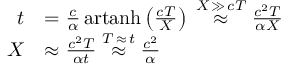
{ \begin{array} { r l } { t } & { = { \frac { c } { \alpha } } \operatorname { a r t a n h } \left( { \frac { c T } { X } } \right) \; { \overset { X \, \gg \, c T } { \approx } } \; { \frac { c ^ { 2 } T } { \alpha X } } } \\ { X } & { \approx { \frac { c ^ { 2 } T } { \alpha t } } \; { \overset { T \, \approx \, t } { \approx } } \; { \frac { c ^ { 2 } } { \alpha } } } \end{array} }